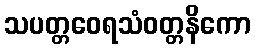
သပတ္တဝေရသံဝတ္တနိကော